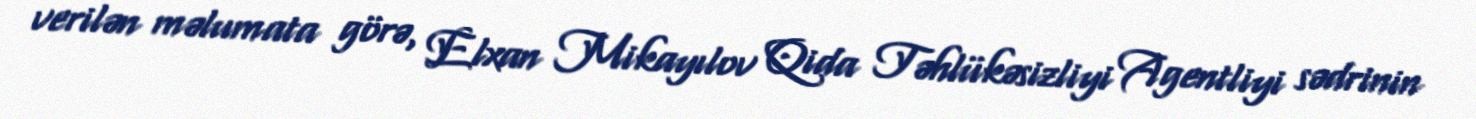
verilən məlumata görə, Elxan Mikayılov Qida Təhlükəsizliyi Agentliyi sədrinin